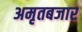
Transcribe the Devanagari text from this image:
अमृतबजार